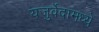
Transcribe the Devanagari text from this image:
यजुर्वेदामध्ये